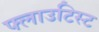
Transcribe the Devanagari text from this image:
फ्लाउटिस्ट